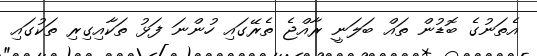
އެތަނުގެ ބޮޑުން ތައް ބަލަނީ ރާއްޖެ ތެރޭގައި ހުންނަ ފަޅު ތަކާއިގިރި ތަކުގައި